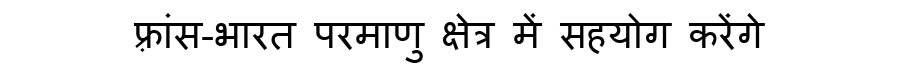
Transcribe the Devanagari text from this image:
फ़्रांस-भारत परमाणु क्षेत्र में सहयोग करेंगे